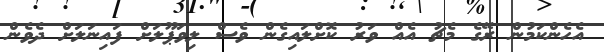
އެހެންކަމުން ރޭގެ މެޗު އެއް ވަރު ކޮށްލައިގެން ވެސް ލިވަޕޫލަށް ފައިނަލަށް ދެވެން